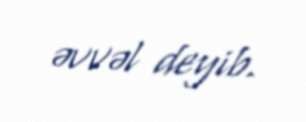
əvvəl deyib.